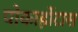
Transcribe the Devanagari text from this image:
पोकाहोंटास